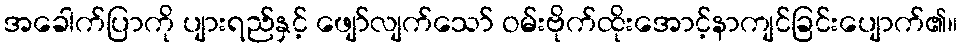
အခေါက်ပြာကို ပျားရည်နှင့် ဖျော်လျက်သော် ဝမ်းဗိုက်ထိုးအောင့်နာကျင်ခြင်းပျောက်၏။